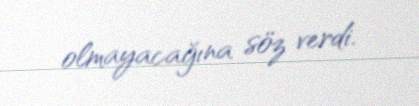
olmayacağına söz verdi.